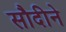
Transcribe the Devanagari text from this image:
सौदीने